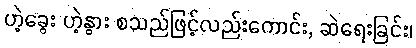
ဟဲ့ခွေး ဟဲ့နွား စသည်ဖြင့်လည်းကောင်း, ဆဲရေးခြင်း၊